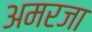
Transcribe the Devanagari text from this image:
अमरजा